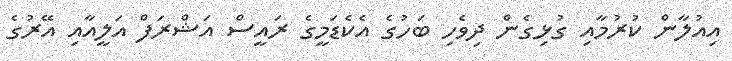
އިއުލާން ކުރުމާއި ގުޅިގެން ދިވެހި ބަހުގެ އެކެޑަމީގެ ރައީސް އަޝްރަފް އަލީއާއި އޭރުގެ